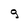
Character: g